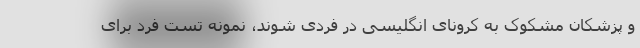
و پزشکان مشکوک به کرونای انگلیسی در فردی شوند، نمونه تست فرد برای